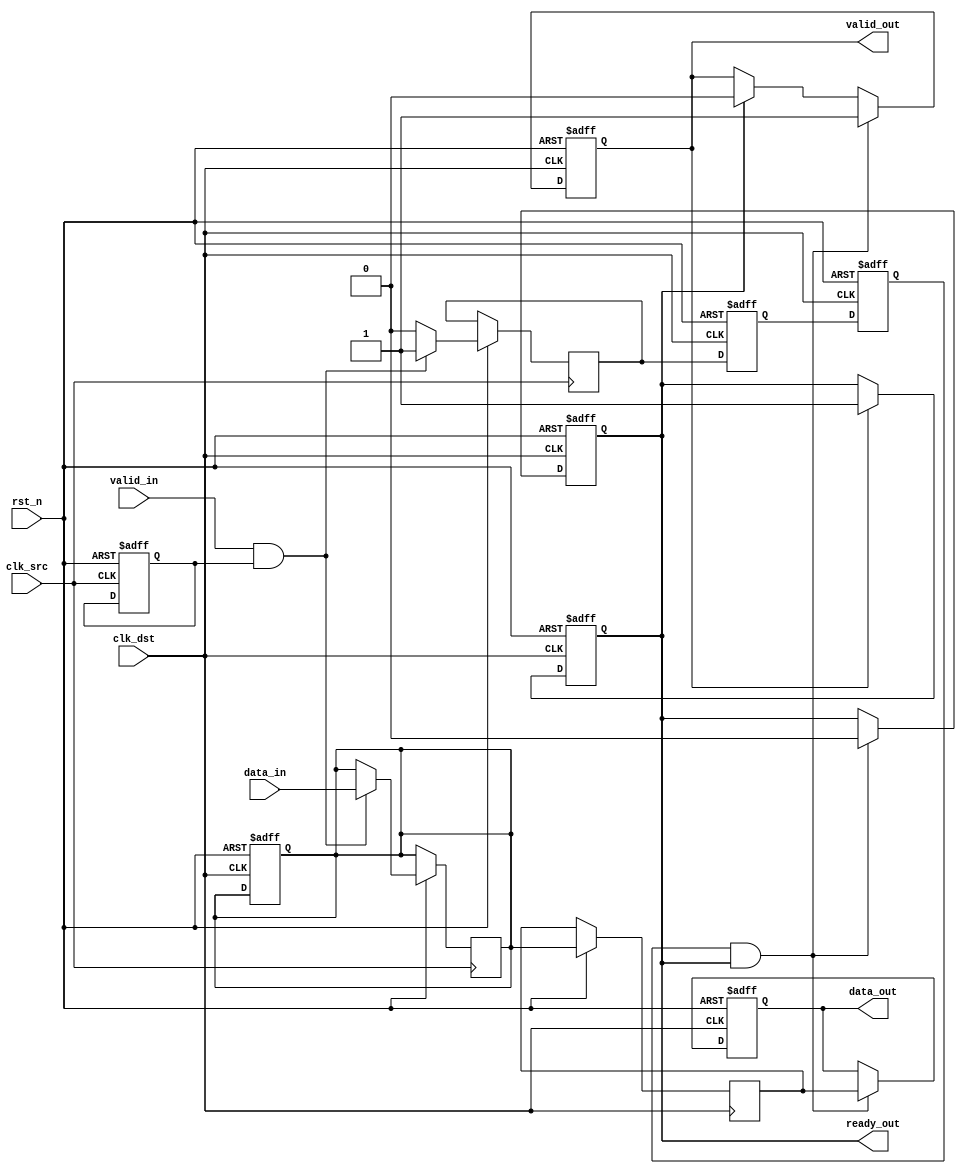
module MemoryBlocksPipelineSynchronizer #(
    parameter DATA_WIDTH = 8,            // Width of the data
    parameter NUM_PIPELINE_STAGES = 2    // Number of pipeline stages
)(
    input wire clk_src,                   // Source clock
    input wire clk_dst,                   // Destination clock
    input wire rst_n,                     // Asynchronous active-low reset
    input wire [DATA_WIDTH-1:0] data_in, // Data input from source clock domain
    input wire valid_in,                  // Valid signal from source clock domain
    output reg ready_out,                 // Ready signal for source clock domain
    output reg [DATA_WIDTH-1:0] data_out, // Synchronized data output to destination clock domain
    output reg valid_out                  // Valid signal for destination clock domain
);

    // Pipeline registers for data synchronization
    reg [DATA_WIDTH-1:0] data_pipeline [0:NUM_PIPELINE_STAGES-1];
    reg valid_pipeline [0:NUM_PIPELINE_STAGES-1];

    // Handshaking signals
    reg valid_src, valid_dst;
    reg ready_src, ready_dst;

    // Source clock domain logic
    always @(posedge clk_src or negedge rst_n) begin
        if (!rst_n) begin
            ready_src <= 1'b1; // Ready to accept data
        end else if (valid_in && ready_src) begin
            // If the input is valid and ready, set the valid signal for the pipeline
            valid_src <= 1'b1;
            data_pipeline[0] <= data_in; // Capture incoming data
        end else begin
            valid_src <= 1'b0;
        end
    end

    // Pipeline stages for synchronization
    genvar i;
    generate
        for (i = 0; i < NUM_PIPELINE_STAGES; i = i + 1) begin : pipeline_stages
            always @(posedge clk_dst or negedge rst_n) begin
                if (!rst_n) begin
                    valid_pipeline[i] <= 1'b0;
                    if (i == 0) begin
                        data_pipeline[i] <= {DATA_WIDTH{1'b0}};
                    end
                end else begin
                    if (i == 0) begin
                        valid_pipeline[i] <= valid_src; // First stage gets valid from source
                        data_pipeline[i] <= data_pipeline[0]; // Store data into pipeline
                    end else begin
                        valid_pipeline[i] <= valid_pipeline[i-1]; // Propagate valid signal
                        data_pipeline[i] <= data_pipeline[i-1]; // Propagate data
                    end
                end
            end
        end
    endgenerate

    // Destination clock domain logic
    always @(posedge clk_dst or negedge rst_n) begin
        if (!rst_n) begin
            valid_out <= 1'b0;
            ready_out <= 1'b1; // Ready to receive data
            data_out <= {DATA_WIDTH{1'b0}};
        end else begin
            if (valid_pipeline[NUM_PIPELINE_STAGES-1] && ready_out) begin
                valid_out <= 1'b1; // Data is valid
                data_out <= data_pipeline[NUM_PIPELINE_STAGES-1]; // Output the synchronized data
                ready_out <= 1'b0; // Not ready for next data until acknowledged
            end else if (ready_out) begin
                valid_out <= 1'b0; // No valid data to output
            end
        end
    end

    // Ready signal management
    always @(posedge clk_dst or negedge rst_n) begin
        if (!rst_n) begin
            ready_out <= 1'b1; // Initially ready
        end else begin
            if (valid_out) begin
                ready_out <= 1'b1; // Ready to accept new data
            end
        end
    end

endmodule